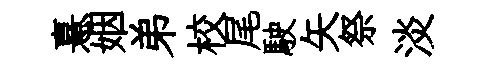
憙姻弟校尾駛矢祭淡